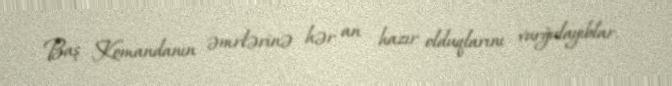
Baş Komandanın əmrlərinə hər an hazır olduqlarını vurğulayıblar.